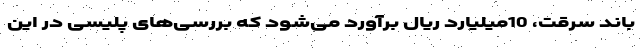
باند سرقت، 10میلیارد ریال برآورد می‌شود که بررسی‌های پلیسی در این